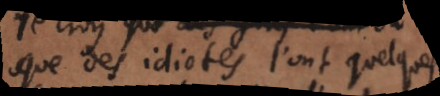
que les idiotes l’ont quelques